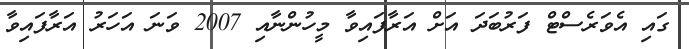
ގައި އެވަރެސްޓް ފަރުބަދަ އަށް އަރާފައިވާ މީހުންނާއި 2007 ވަނަ އަހަރު އަރާފައިވާ